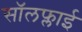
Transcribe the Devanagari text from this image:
सॉलफ्लाई